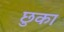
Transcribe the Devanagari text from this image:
छुका